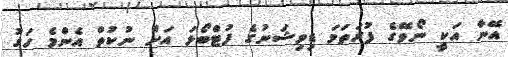
އޭނާ އަކީ ނޯވޭގެ ފުރަތަމަ ޑިވިޝަނުގެ ފުޓްބޯޅަ އަށް ނުކުތް އެންމެ ހަގު